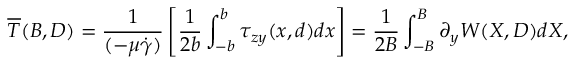
\overline { { T } } ( B , D ) = \frac { 1 } { ( - \mu \dot { \gamma } ) } \left[ \frac { 1 } { 2 b } \int _ { - b } ^ { b } \tau _ { z y } ( x , d ) d x \right] = \frac { 1 } { 2 B } \int _ { - B } ^ { B } \partial _ { y } W ( X , D ) d X ,